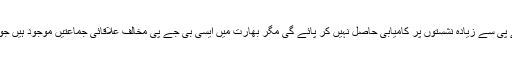
موجودہ وقت میں یہ اندازہ لگایا جا رہا ہے کہ کانگریس شاید بی جے پی سے زیادہ نشستوں پر کامیابی حاصل نہیں کر پائے گی مگر بھارت میں ایسی بی جے پی مخالف علاقائی جماعتیں موجود ہیں جو (کانگریس کیساتھ مل کر) ایک مضبوط متبادل سامنے لاسکتی ہیں۔